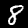
Label: 8